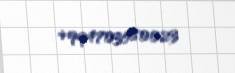
+994703580023